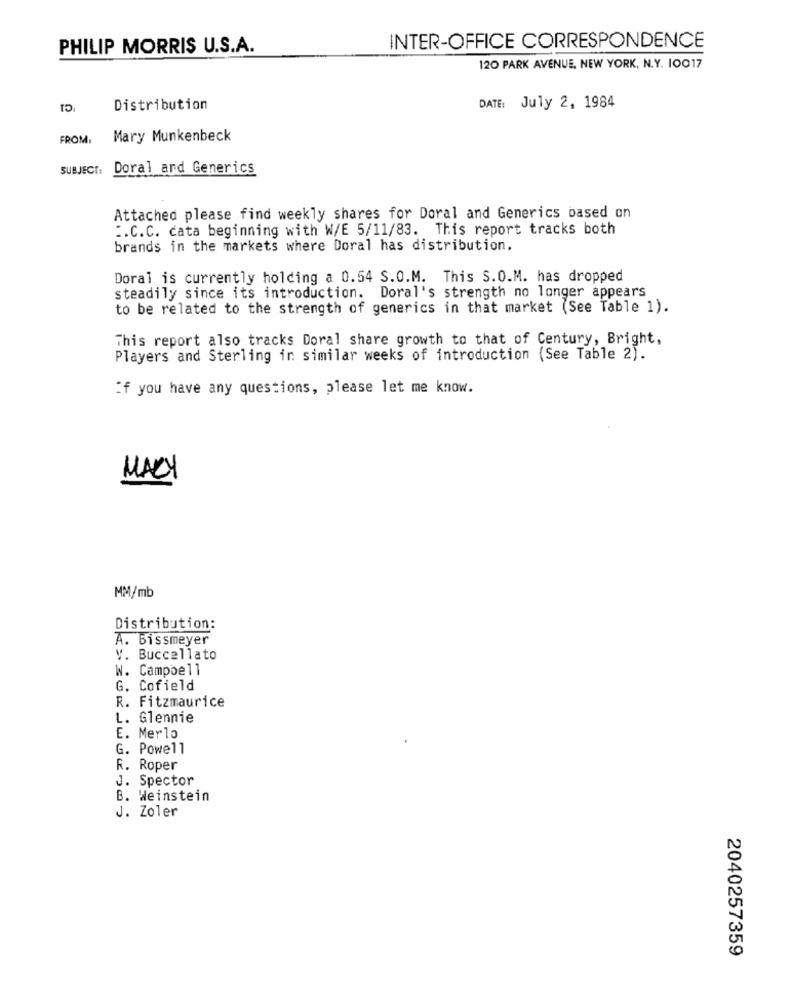
PHILIP MORRIS U.S.A.
INTER-OFFICE CORRESPONDENCE
120 PARK AVENUE, NEW YORK, N.Y. 10017
Distribution
DATE: July 2, 1984
FROM
Mary Munkenbeck
SUBJECT:
Doral ard Generics
Attached please find weekly shares for Doral and Generics based on
:. C.C. cata beginning with W/E 5/11/83. This report tracks both
brands in the markets where Doral has distribution.
Doral is currently holding a 0.54 S.O.M. This S.O.M. has dropped
steadily since its introduction. Doral's strength no longer appears
to be related to the strength of generics in that market (See Table 1).
This report also tracks Doral share growth to that of Century, Bright,
Players and Sterling in similar weeks of introduction (See Table 2).
If you have any questions, please let me know.
MARY
MM/mb
Distribution:
A. Bissmeyer
V. Buccellato
W. Campbell
Cofield
R. Fitzmaurice
L. Glennie
E. Merlo
G. Powell
R. Roper
J. Spector
B. Weinstein
J. Zoler
2040257359